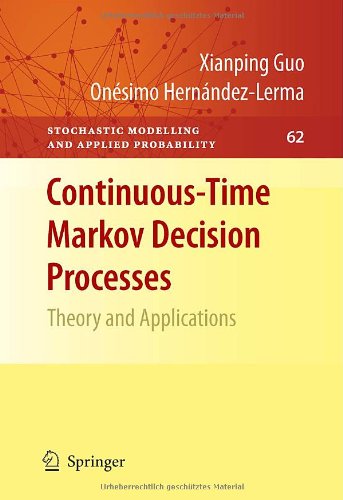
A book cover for Continuous-Time Markov Decision Processes: Theory and Applications (Stochastic Modelling and Applied Probability); Xianping Guo; Science & Math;